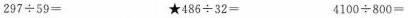
$$2 9 7 \div 5 9 =$$★$$4 8 6 \div 3 2 =$$$$4 1 0 0 \div 8 0 0 =$$